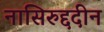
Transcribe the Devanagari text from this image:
नासिरुद्ददीन